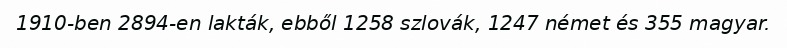
1910-ben 2894-en lakták, ebből 1258 szlovák, 1247 német és 355 magyar.